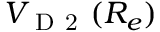
V _ { \mathrm { ~ D ~ 2 ~ } } ( R _ { e } )